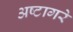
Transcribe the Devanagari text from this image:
अष्टागरे